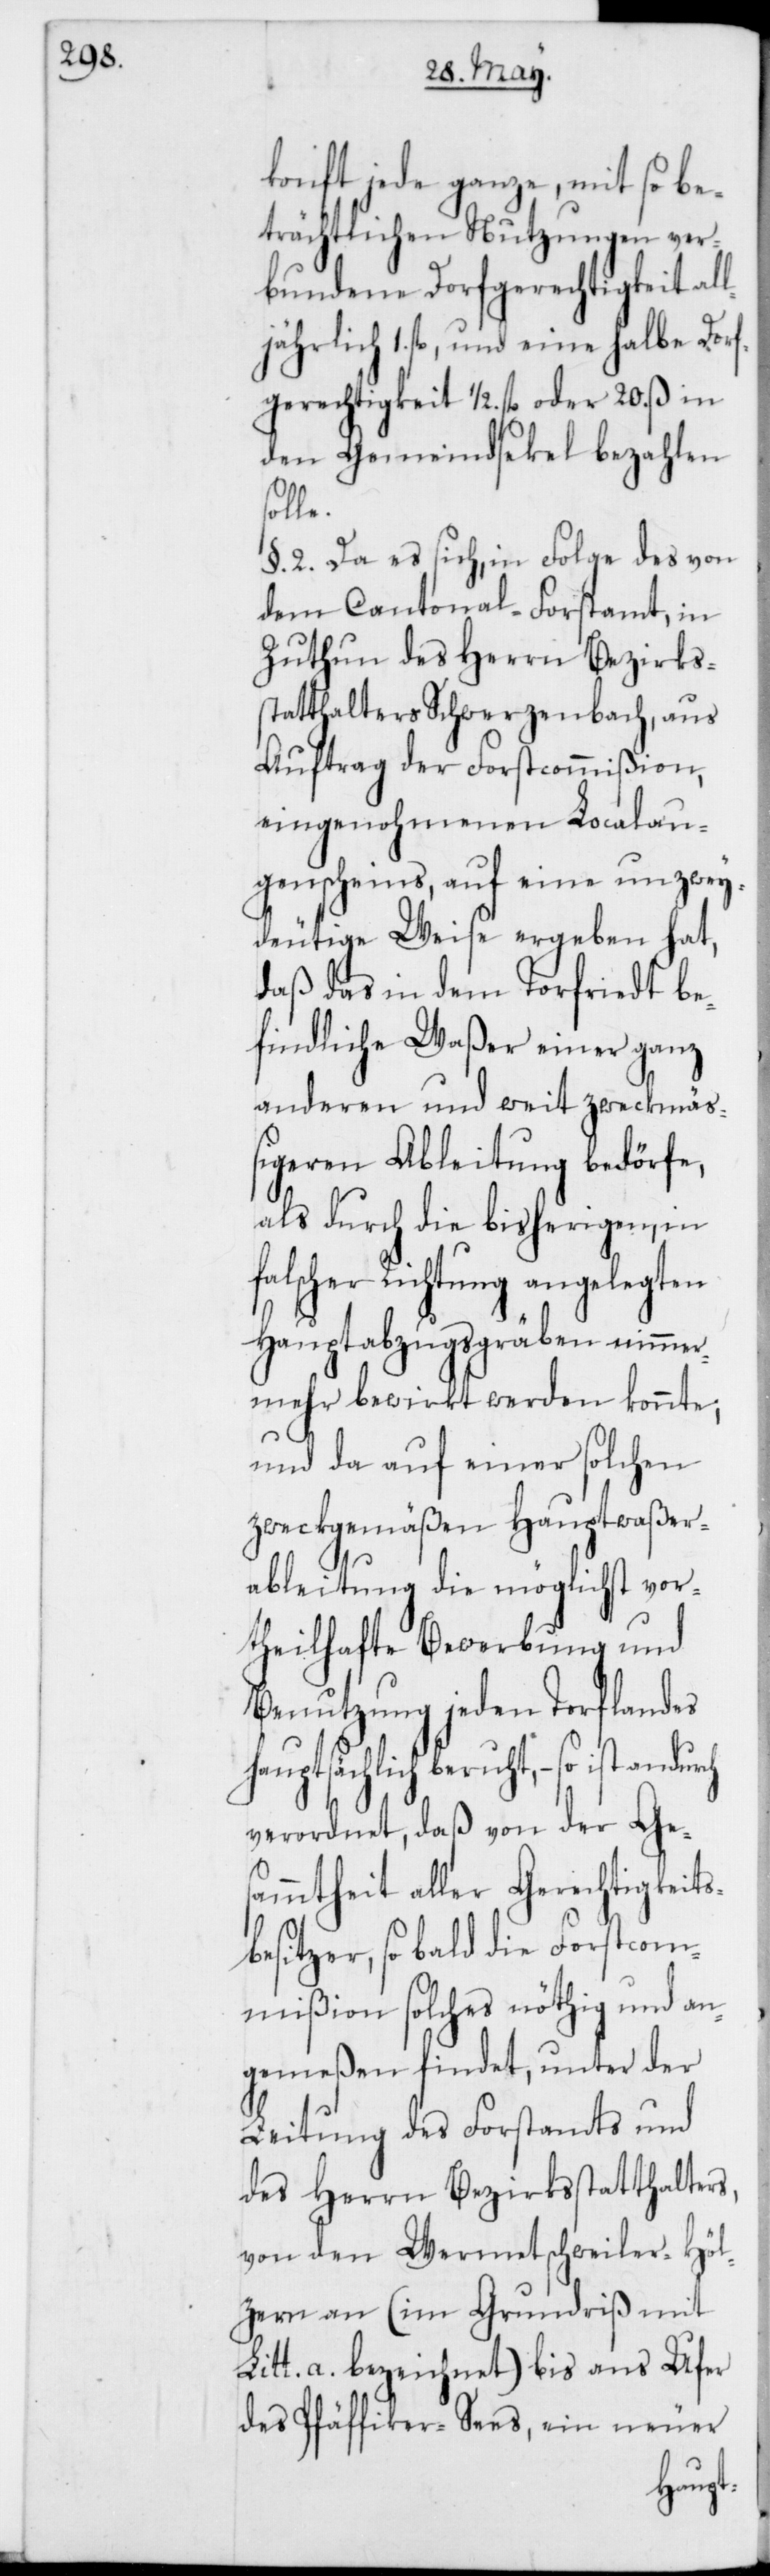
konft jede ganze, mit so be¬
trächtlichen Nutzungen ver¬
bundene Dorfgerechtigkeit al¬
ljährlich 1. fl., und eine halbe Dorf¬
gerechtigkeit 1/2 fl. oder 20. ß in
den Gemeindsekel bezahlen
§. 2. Da es sich, in Folge des von
dem Cantonal-Forstamt, in
Zuthun des Herrn Bezirks¬
statthalters Schwerzenbach, aus
Auftrag der Forstcommißion,
eingenohmenen Localau¬
genscheins, auf eine unzwey¬
deutige Weise ergeben hat,
daß das in dem Torfriedt be¬
findliche Waßer einer ganz
anderen und weit zweckmäß¬
igeren Ableitung bedörfe,
als durch die bisherigen, in
falscher Richtung angelegten
Hauptabzugsgräben nimmer¬
mehr bewirkt werden konnte;
und da auf einer solchen
zweckgemäßen Hauptwaßer¬
ableitung die möglichst vor¬
theilhafte Bewerbung und
Benutzung jeden Torflandes
hauptsächlich beruht, – so ist andurch
verordnet, daß von der Ges¬
ammtheit aller Gerechtigkeits¬
besitzer, so bald die Forstcom¬
mißion solches nöthig und an¬
gemeßen findet, unter der
Leitung des Forstamts und
des Herrn Bezirksstatthalters,
von den Wermetsweiler-Höl¬
zern an (im Grundriß mit
Litt. a. bezeichnet) bis ans Ufer
des Pfäffiker-Sees, ein neuer